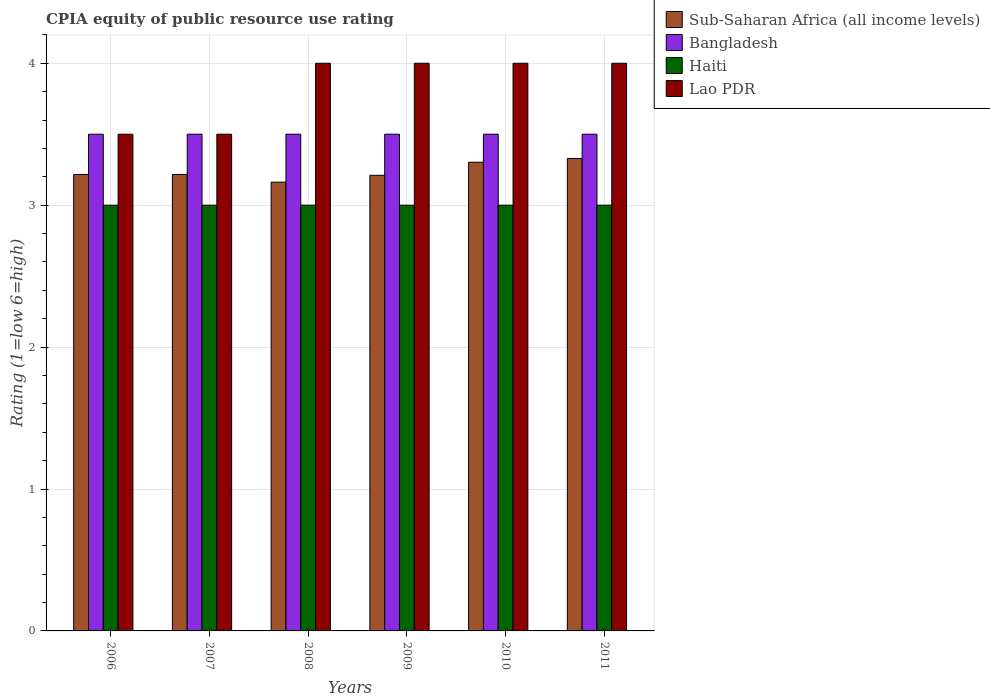
| Years | Sub-Saharan Africa (all income levels) | Bangladesh | Haiti | Lao PDR |
 | --- | --- | --- | --- | --- |
 | 2006 | 3.22 | 3.5 | 3 | 3.5 |
 | 2007 | 3.22 | 3.5 | 3 | 3.5 |
 | 2008 | 3.16 | 3.5 | 3 | 4 |
 | 2009 | 3.21 | 3.5 | 3 | 4 |
 | 2010 | 3.3 | 3.5 | 3 | 4 |
 | 2011 | 3.33 | 3.5 | 3 | 4 |